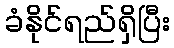
ခံနိုင်ရည်ရှိပြီး